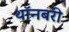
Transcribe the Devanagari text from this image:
थॉनबरी